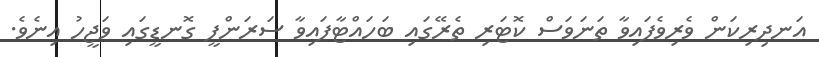
އަނދިރިކަން ވެރިވެފައިވާ ތަނަވަސް ކޮޓަރި ތެރޭގައި ބަހައްޓާފައިވާ ސަރަންފީ ގޮނޑީގައި ވަޖީހު އިނެވެ.